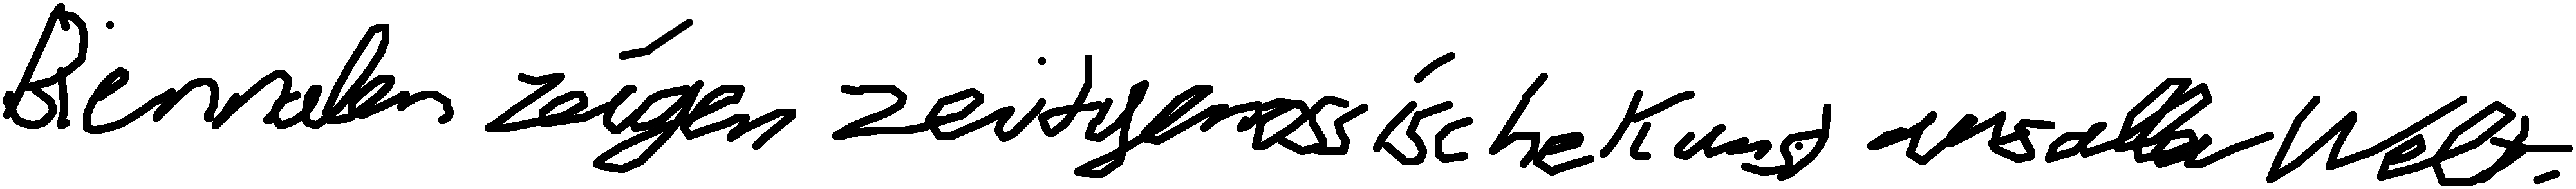
Biennalen zeigen zeitgenössische Kunst aus aller Welt.